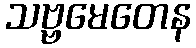
သဗ္ဗမေတေန